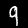
Digit: 9